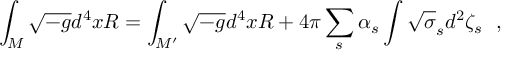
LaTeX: \int _ { \cal M } \sqrt { - g } d ^ { 4 } x R = \int _ { \cal M ^ { \prime } } \sqrt { - g } d ^ { 4 } x R + 4 \pi \sum _ { s } \alpha _ { s } \int \sqrt { \sigma } _ { s } d ^ { 2 } \zeta _ { s } ~ ~ ,